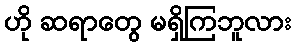
ဟို ဆရာတွေ မရှိကြဘူလား